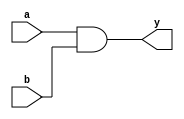
//-----------------------------------------------------------------------------
//
// Title       : simple
// Design      : project2
// Author      : 
// Company     : 
//
//-----------------------------------------------------------------------------
//
// Generated   : Sun Jan 19 15:12:18 2014
// From        : interface description file
// By          : Itf2Vhdl ver. 1.22
//
//-----------------------------------------------------------------------------
//
// Description : 
//
//-----------------------------------------------------------------------------
`timescale 1 ns / 1 ps

//{{ Section below this comment is automatically maintained
//   and may be overwritten
//{module {simple}}
module simple (a, b, y);
//}} End of automatically maintained section

input a, b;
output y;

assign y = a & b;

endmodule